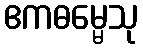
ဧကဓမ္မေသု